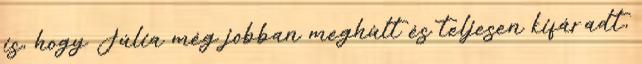
is, hogy Júlia még jobban meghûlt és teljesen kifáradt,